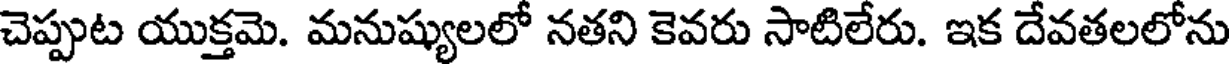
చెప్పుట యుక్తమె. మనుష్యులలో నతని కెవరు సాటిలేరు. ఇక దేవతలలోను